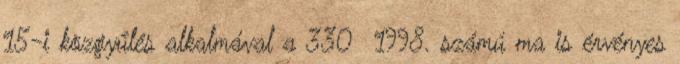
15-i közgyűlés alkalmával a 330 1998. számú ma is érvényes